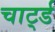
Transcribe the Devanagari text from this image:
चार्ट्ड